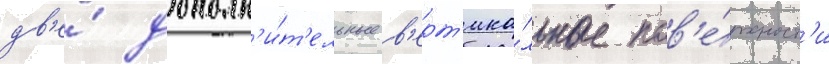
дв'е́ дополн'и́т'ельные в'ерт'ика́льные пов'е́рхност'и